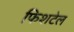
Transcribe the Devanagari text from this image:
फिशटेल